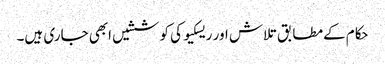
حکام کےمطابق تلاش اور ریسکیو کی کوششیں ابھی جاری ہیں۔